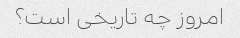
امروز چه تاریخی است؟